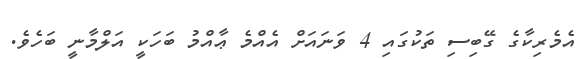
އެމެރިކާގެ ގޭބިސި ތަކުގައި 4 ވަނައަށް އެއްމެ ޢާއްމު ބަހަކީ އަލްމާނީ ބަހެވެ.